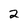
Character: 2